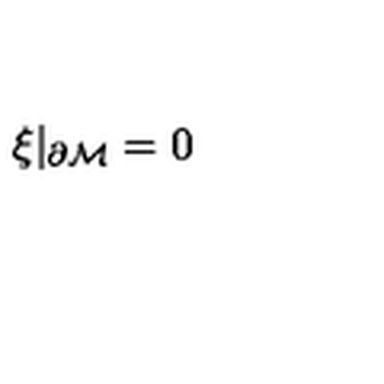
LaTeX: \xi \vert _ { \partial { \cal M } } = 0